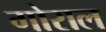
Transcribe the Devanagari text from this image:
गोराल